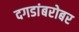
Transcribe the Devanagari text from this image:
दगडांबरोबर